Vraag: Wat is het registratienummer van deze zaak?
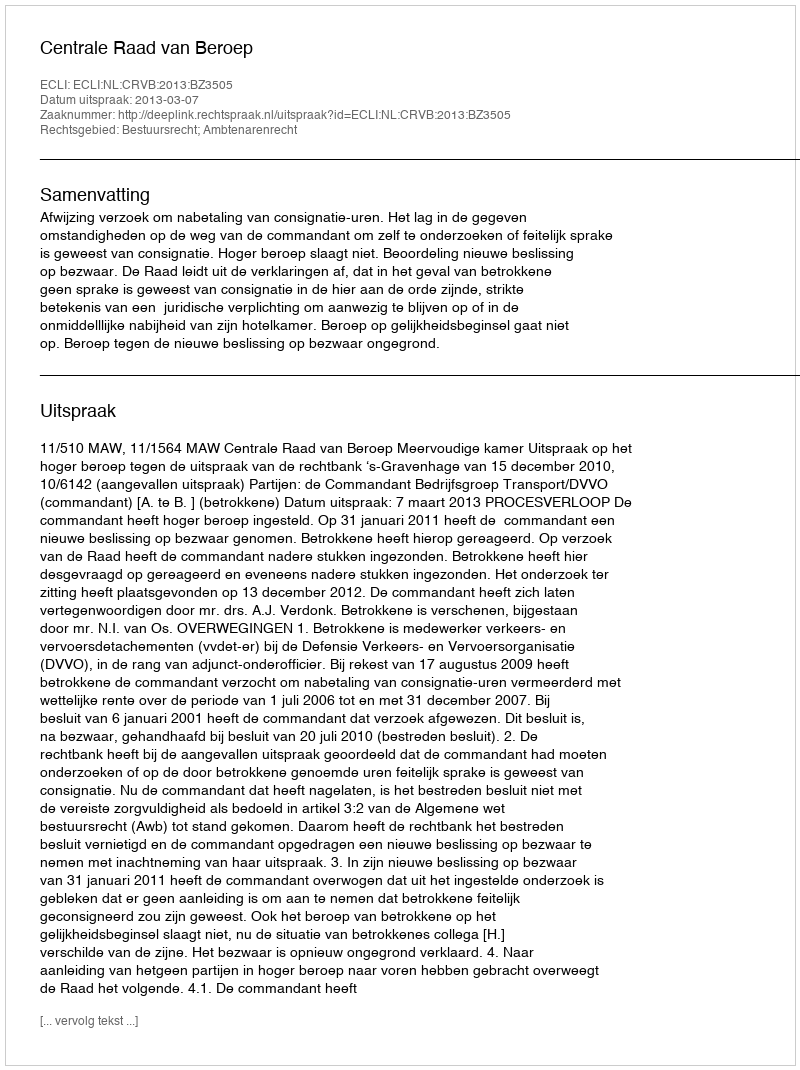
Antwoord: http://deeplink.rechtspraak.nl/uitspraak?id=ECLI:NL:CRVB:2013:BZ3505